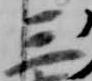
三